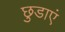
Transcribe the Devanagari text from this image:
छुडाएं